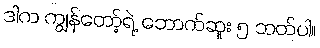
ဒါက ကျွန်တော့်ရဲ့ ဘောက်ဆူး ၅ ဘတ်ပါ။